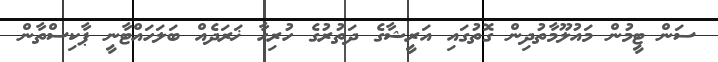
ސަން ޓީމުން މައުލޫމާތުދިން ގޮތުގައި އަރީޝާގެ ދަތުރުގެ ހުރިހާ ޚަރަދެއް ބަލަހައްޓާނީ ޕާކިސްތާން